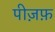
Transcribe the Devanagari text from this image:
पीज़फ़